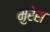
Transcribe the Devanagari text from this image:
मुरेस